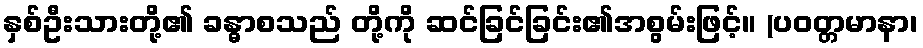
နှစ်ဦးသားတို့၏ ခန္ဓာစသည် တို့ကို ဆင်ခြင်ခြင်း၏အစွမ်းဖြင့်။ (ပဝတ္တမာနာ၊